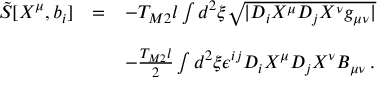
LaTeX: \begin{array} { r c l } { { { \tilde { S } } [ X ^ { \mu } , b _ { i } ] } } & { { = } } & { { - T _ { M 2 } l \int d ^ { 2 } \xi \sqrt { | D _ { i } X ^ { \mu } D _ { j } X ^ { \nu } g _ { \mu \nu } | } } } \\ { { } } & { { } } & { { } } \\ { { } } & { { } } & { { - { \textstyle \frac { T _ { M 2 } l } { 2 } } \int d ^ { 2 } \xi \epsilon ^ { i j } D _ { i } X ^ { \mu } D _ { j } X ^ { \nu } B _ { \mu \nu } \, . } } \end{array}